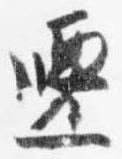
遷